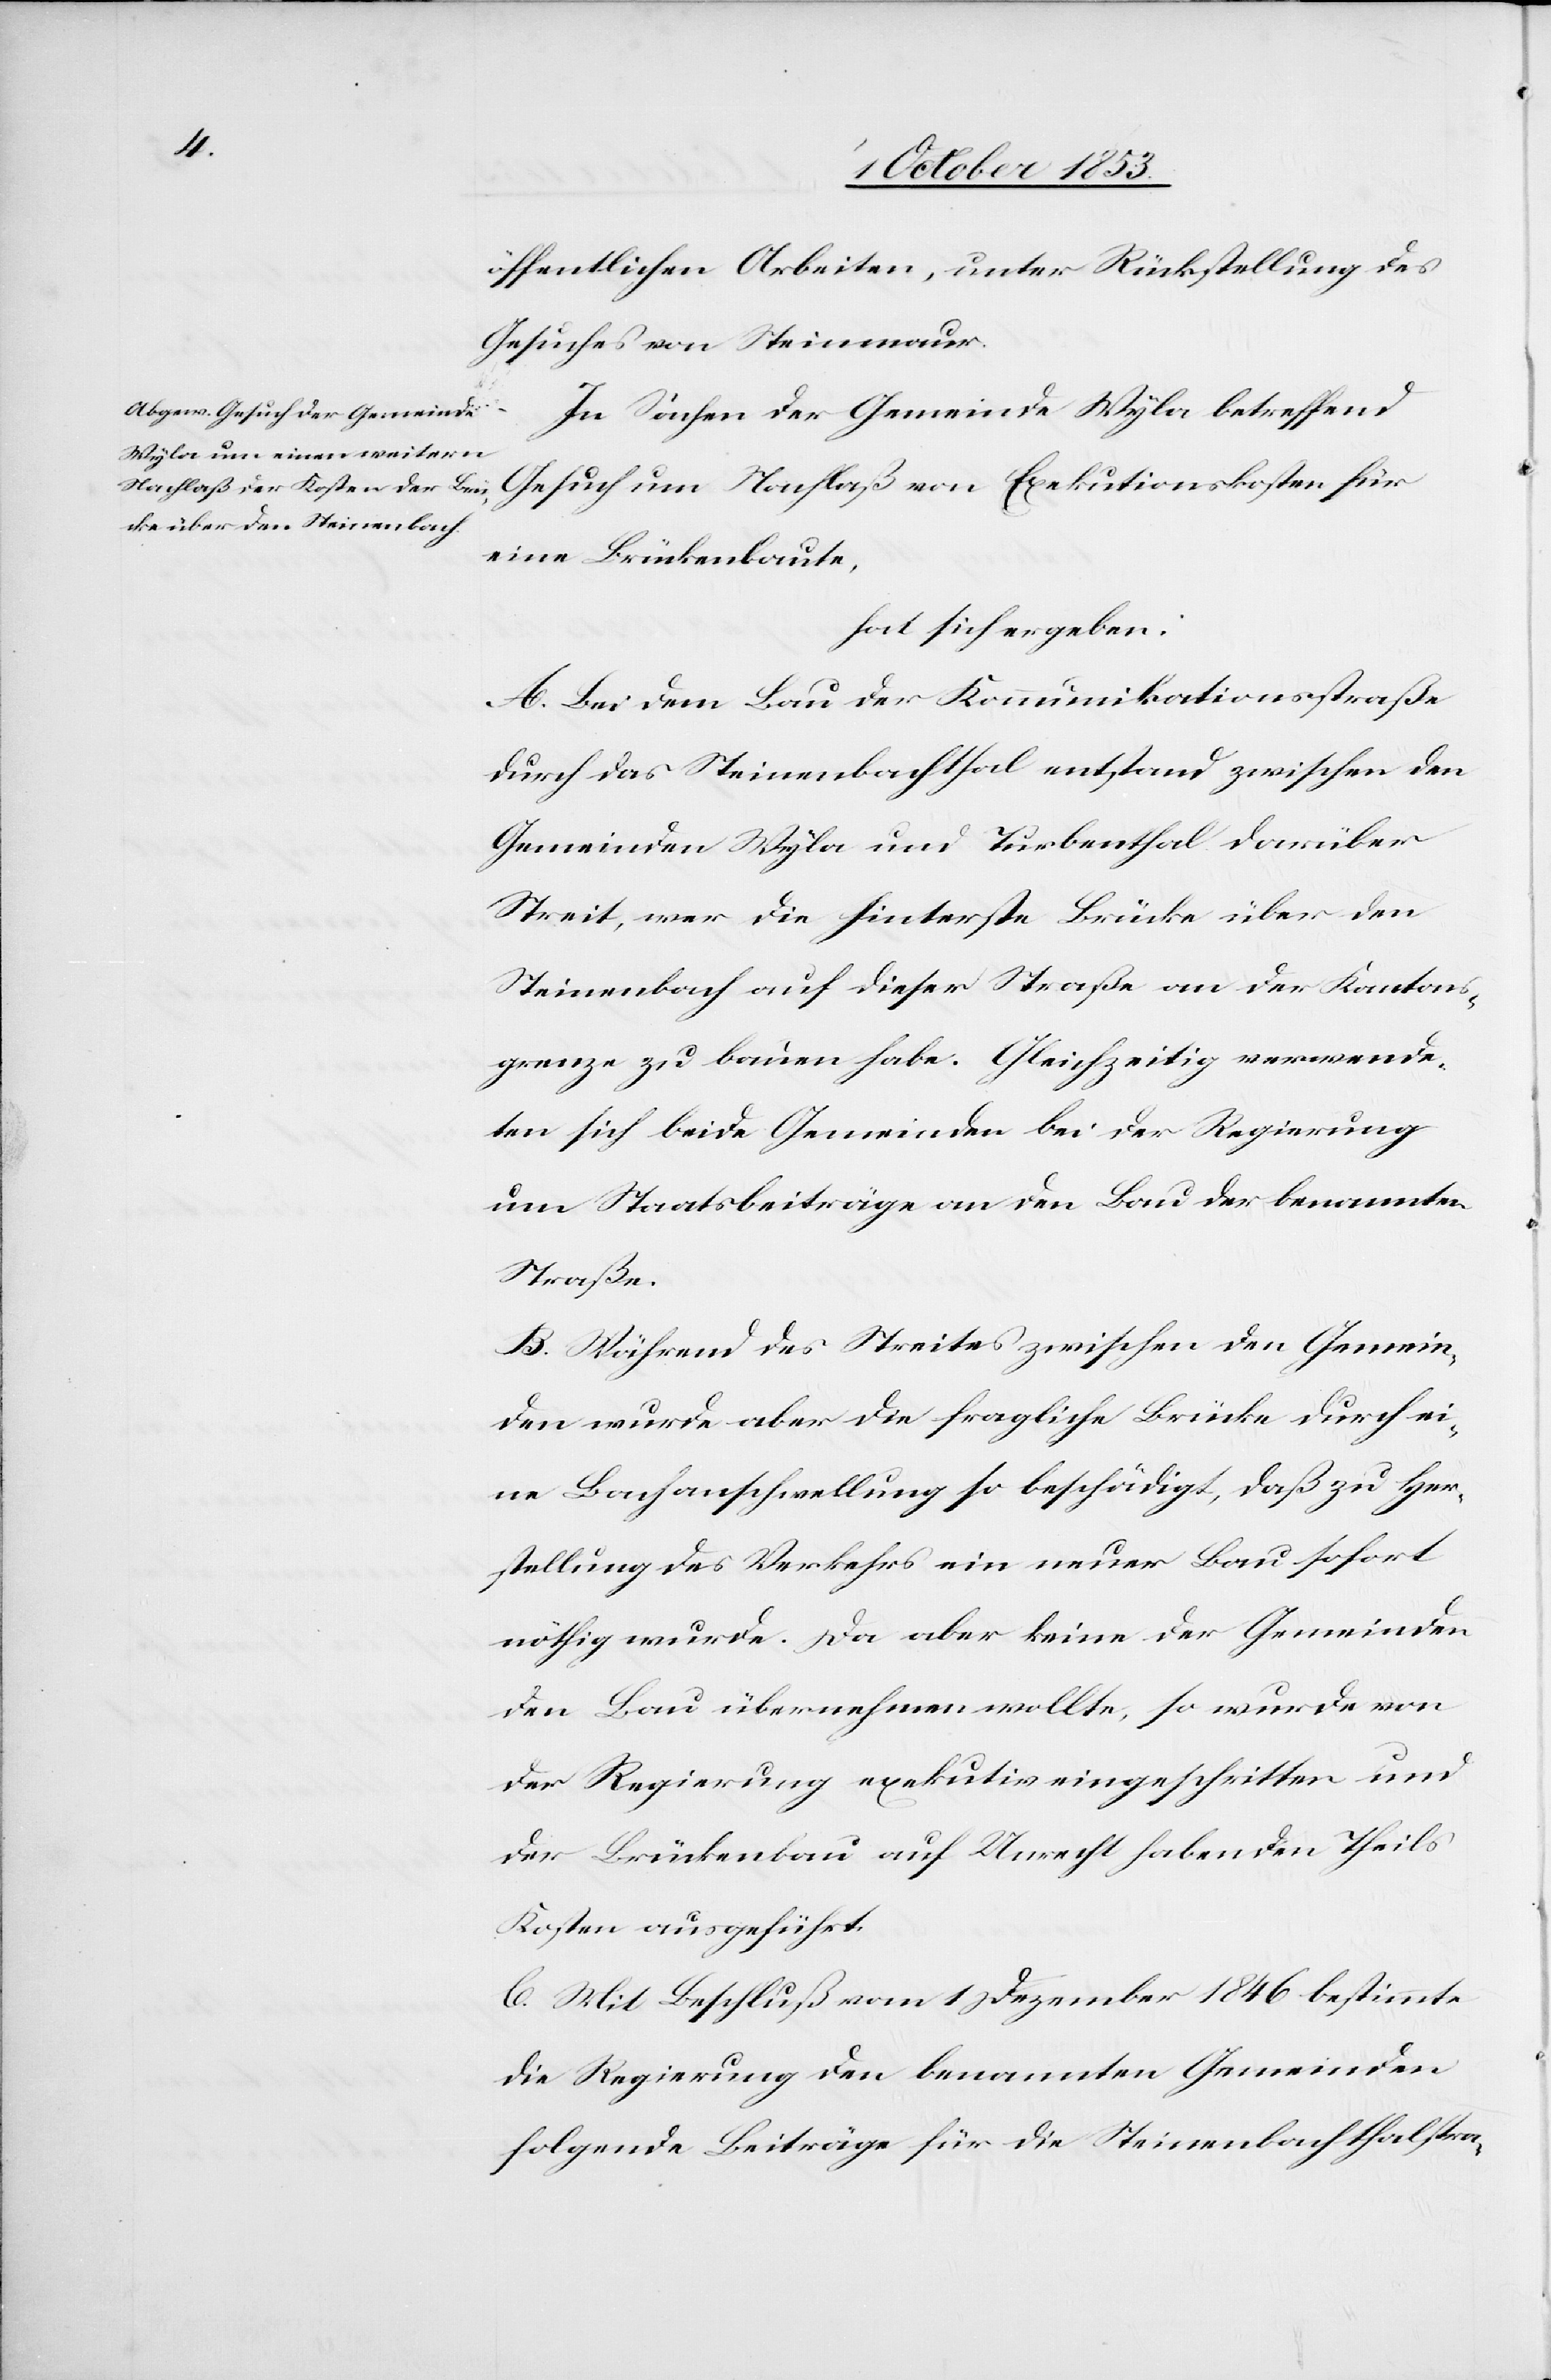
öffentlichen Arbeiten, unter Rückstellung des
Gesuches von Steinmaur.
In Sachen der Gemeinde Wyla betreffend
Gesuch um Nachlaß von Exekutionskosten für
eine Brückenbaute,
hat sich ergeben:
A. Bei dem Bau der Kommunikationsstraße
durch das Steinenbachthal entstand zwischen den
Gemeinden Wyla und Turbenthal darüber
Streit, wer die hinterste Brücke über den
Steinenbach auf dieser Straße an der Kantons¬
grenze zu bauen habe. Gleichzeitig verwende¬
ten sich beide Gemeinden bei der Regierung
um Staatsbeiträge an den Bau der benannten
Straße.
B. Während des Streites zwischen den Gemein¬
den wurde aber die fragliche Brücke durch ei¬
ne Bachanschwellung so beschädigt, daß zu Her¬
stellung des Verkehres ein neuer Bau sofort
nöthig wurde. Da aber keine der Gemeinden
den Bau übernehmen wollte, so wurde von
der Regierung exekutiv eingeschritten und
der Brückenbau auf Unrecht habenden Theils
Kosten ausgeführt.
C. Mit Beschluß vom 1 Dezember 1846 bestimmte
die Regierung der benannten Gemeinden
folgende Beiträge für die Steinenbergthalstra-